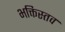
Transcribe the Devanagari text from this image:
भक्तिस्तव